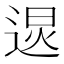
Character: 𰻂